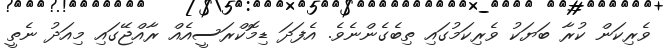
ވެރިކަން ކުރާ ބަޔަކު ވެރިކަމުގައި ތިބެގެންނެވެ. އެފަދަ ޑިމޮކްރަސީއެއް ރާއްޖޭގައި މިއަދު ނެތީ